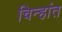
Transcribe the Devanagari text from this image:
चिन्हांत